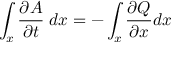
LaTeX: \int _ { x } { \frac { \partial A } { \partial t } } \; d x = - \int _ { x } { \frac { \partial Q } { \partial x } } d x